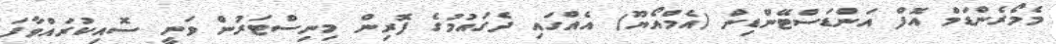
މެމޯރެންޑަމް އޮފް އަންޑަސްޓޭންޑިން (އެމްއޯޔޫ) އެއްގައި ދެގައުމުގެ ފޮރިން މިނިސްޓަރުން ވަނީ ސޮއިކުރައްވާފަ